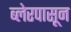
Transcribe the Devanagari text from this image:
ब्लेरपासून